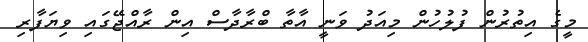
މީގެ އިތުރުން ފުލުހުން މިއަދު ވަނީ އާތާ ބްރާދާސް އިން ރާއްޖޭގައި ވިޔަފާރި